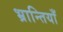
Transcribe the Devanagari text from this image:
भ्रान्तियाँ